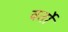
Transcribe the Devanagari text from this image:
वर्तो